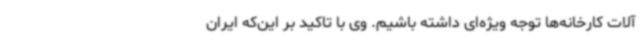
آلات کارخانه‌ها توجه ویژه‌ای داشته باشیم. وی با تاکید بر این‌که ایران